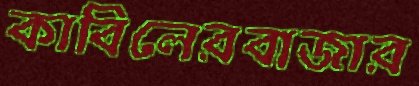
কাবিলেরবাজার